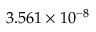
3 . 5 6 1 \times 1 0 ^ { - 8 }